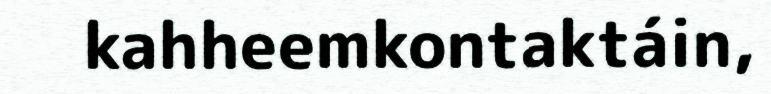
kahheemkontaktáin,